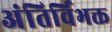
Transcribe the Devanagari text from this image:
अंतिर्विभक्त